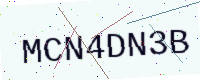
Text: MCN4DN3B